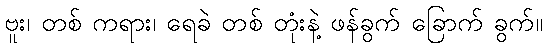
ဗူး၊ တစ် ကရား၊ ရေခဲ တစ် တုံးနဲ့ ဖန်ခွက် ခြောက် ခွက်။